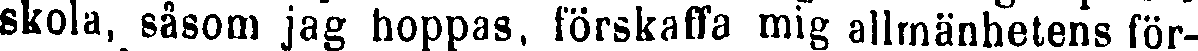
skola, såsom jag hoppas, förskaffa mig allmänhetens för-